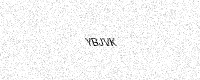
Text: YBJVK